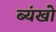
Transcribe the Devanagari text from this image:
ब्यंखो